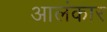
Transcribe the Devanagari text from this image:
आलंकार